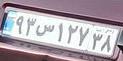
۹۳س۱۲۷۳۸